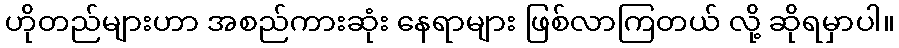
ဟိုတည်များဟာ အစည်ကားဆုံး နေရာများ ဖြစ်လာကြတယ် လို့ ဆိုရမှာပါ။